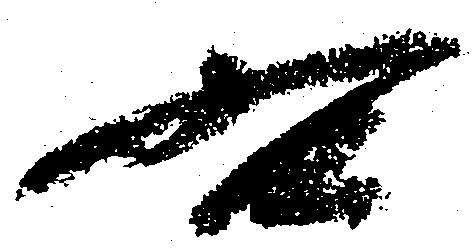
右